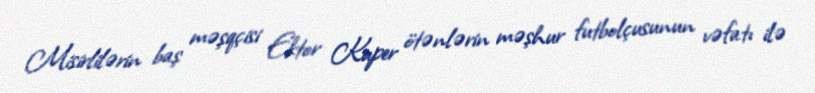
Misirlilərin baş məşqçisi Ektor Kuper ötənlərin məşhur futbolçusunun vəfatı ilə